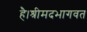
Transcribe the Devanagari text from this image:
है।श्रीमदभागवत